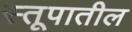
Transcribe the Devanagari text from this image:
स्तूपातील